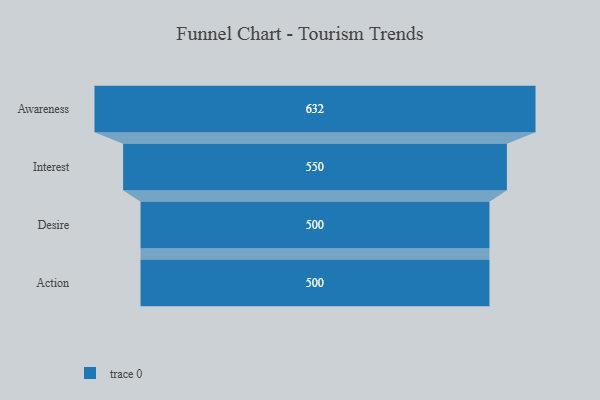
{"axis": {"x": "Stage", "y": "Value"}, "legend": [""], "data": [{"x": "Awareness", "y": 632.0, "type": ""}, {"x": "Interest", "y": 550.0, "type": ""}, {"x": "Desire", "y": 500, "type": ""}, {"x": "Action", "y": 500, "type": ""}]}